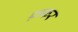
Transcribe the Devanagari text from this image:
एन्कर